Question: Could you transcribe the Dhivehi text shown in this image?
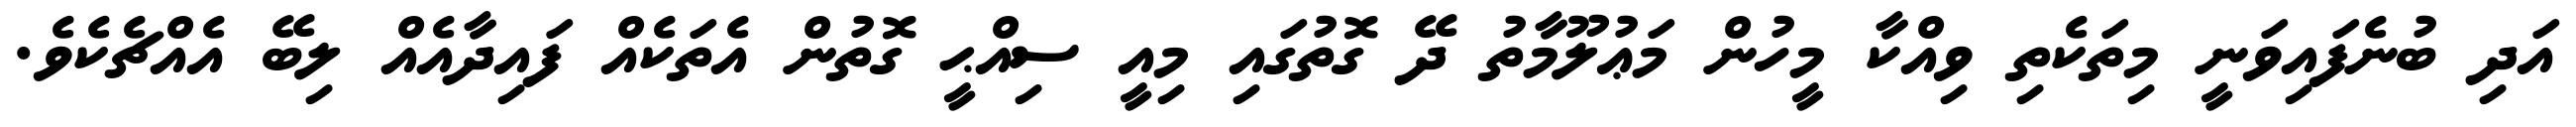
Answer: އަދި ބުނެފައިވަނީ މިތަކެތި ވިއްކާ މީހުން މަޢުލޫމާތު ދޭ ގޮތުގައި މިއީ ސިއްޙީ ގޮތުން އެތަކެއް ފައިދާއެއް ލިބޭ އެއްޗެކެވެ.